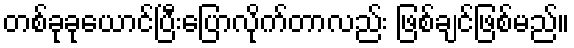
တစ်ခုခုယောင်ပြီးပြောလိုက်တာလည်း ဖြစ်ချင်ဖြစ်မည်။